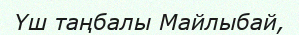
Үш таңбалы Майлыбай,